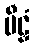
မီဠှံ